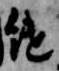
継